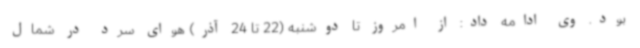
بود. وی ادامه داد: از امروز تا دوشنبه (22 تا 24 آذر) هوای سرد در شمال